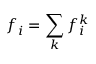
f _ { i } = \sum _ { k } f _ { i } ^ { k }